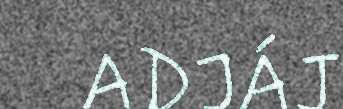
ADJÁJ